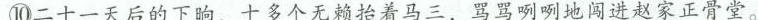
⑩二十一天后的下的，十多个无赖抬着马三，骂骂咧咧地闯进赵家正骨堂。